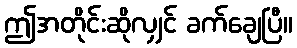
ဤအတိုင်းဆိုလျှင် ခက်ချေပြီ။